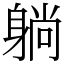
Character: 躺